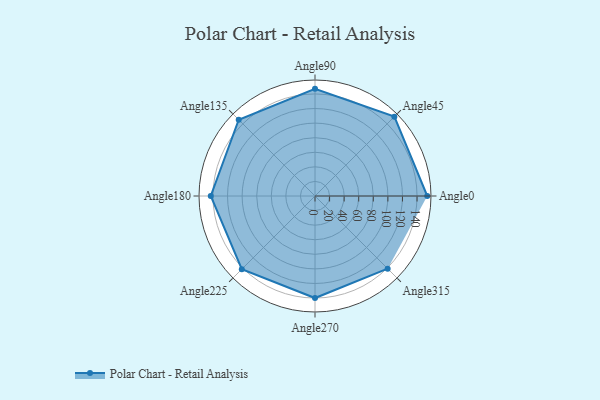
{"axis": {"x": "Angle", "y": "Radius"}, "legend": [""], "data": [{"x": "Angle0", "y": 154.0, "type": ""}, {"x": "Angle45", "y": 154.0, "type": ""}, {"x": "Angle90", "y": 147.0, "type": ""}, {"x": "Angle135", "y": 148.0, "type": ""}, {"x": "Angle180", "y": 143.0, "type": ""}, {"x": "Angle225", "y": 142.0, "type": ""}, {"x": "Angle270", "y": 140.0, "type": ""}, {"x": "Angle315", "y": 141.0, "type": ""}]}